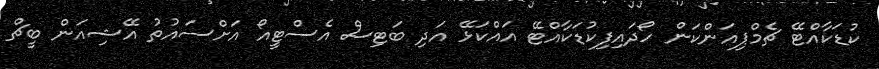
ކުޑަކާއްޓޭ ޗެމްޕިއަންކަން ހޯދައިފިކުޑަކާއްޓޭ އައްކަޅޭ އަދި ބަޓިސް އެސްޓީއޯ އަށްސައުތު އޭޝިއަން ބީޗް